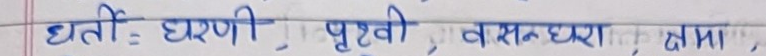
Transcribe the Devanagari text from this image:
धरतीः, धरणी, पृथ्वी, वसुन्धरा, क्षमा,